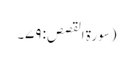
(سورۃ القصص: ۷۹۔